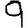
Digit: 9